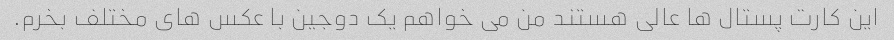
این کارت پستال ها عالی هستند من می خواهم یک دوجین با عکس های مختلف بخرم.